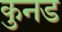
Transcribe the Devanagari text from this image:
कुनड